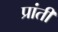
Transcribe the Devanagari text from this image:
प्रांतीं